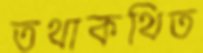
তথাকথিত